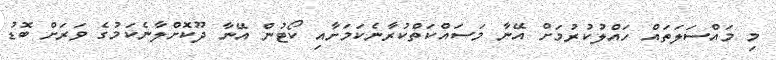
މި މައްސަލަތައް ހައްލުކުރުމަށް އޭނާ މަސައްކަތްކުރާނެކަމަށާއި ކޯޓުން އޭނާ ދޫކޮށްލާނެކަމުގެ ވަރަށް ބޮޑު